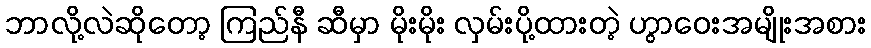
ဘာလို့လဲဆိုတော့ ကြည်နီ ဆီမှာ မိုးမိုး လှမ်းပို့ထားတဲ့ ဟွာဝေးအမျိုးအစား